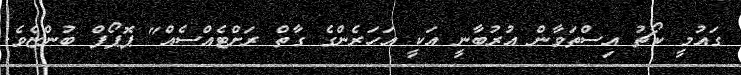
ގައުމީ ކޯޗު އިސްތަވާން އުރުބާނީ އަކީ އަހަރެންގެ ގާތް ރަށްޓެއްސެއް" ޕޮޕޯފް ބުންޏެވެ.